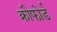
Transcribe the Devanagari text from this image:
क्रौफोर्ड